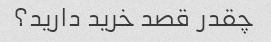
چقدر قصد خرید دارید؟